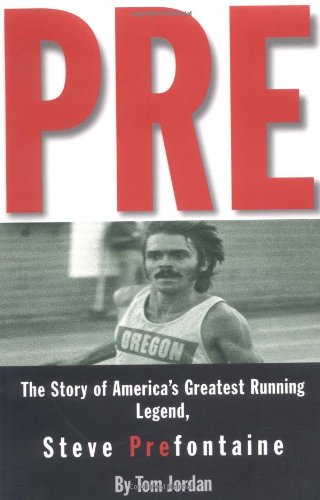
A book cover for Pre: The Story of America's Greatest Running Legend, Steve Prefontaine; Tom Jordan; Health, Fitness & Dieting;